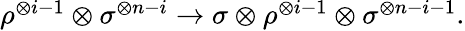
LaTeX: \begin{array}{r}{\rho^{\otimes i-1}\otimes\sigma^{\otimes n-i}\rightarrow\sigma\otimes\rho^{\otimes i-1}\otimes\sigma^{\otimes n-i-1}.}\end{array}